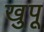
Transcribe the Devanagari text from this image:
खुपू